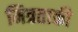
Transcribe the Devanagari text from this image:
मित्रताकी